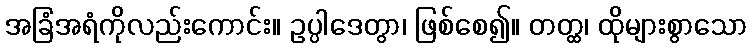
အခြံအရံကိုလည်းကောင်း။ ဥပ္ပါဒေတွာ၊ ဖြစ်စေ၍။ တတ္ထ၊ ထိုများစွာသော